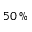
5 0 \, \%